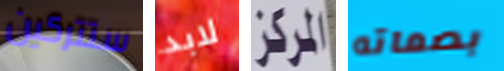
ستتركين لابد المركز بصماته